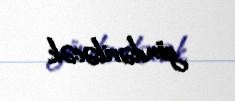
göndəriləcək.